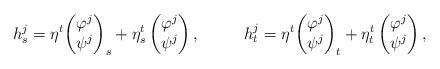
LaTeX: \begin{align*} h^{j}_{s} = \eta^t {\begin{pmatrix}\varphi^{j} \\\psi^{j}\end{pmatrix}}_{s} + \eta^t_s \begin{pmatrix}\varphi^{j} \\\psi^{j}\end{pmatrix}, \ \ \ \ \ \ \ \ h^{j}_{t} = \eta^t {\begin{pmatrix}\varphi^{j} \\\psi^{j}\end{pmatrix}}_{t} + \eta^t_t \begin{pmatrix}\varphi^{j} \\\psi^{j}\end{pmatrix},\end{align*}